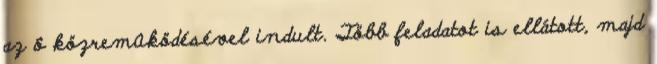
az ô közremûködésével indult. Több feladatot is ellátott, majd